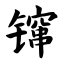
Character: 镩